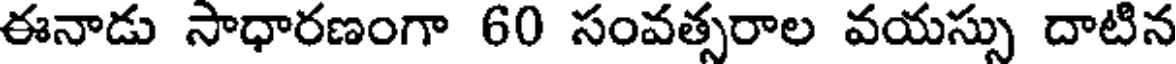
ఈనాడు సాధారణంగా 60 సంవత్సరాల వయస్సు దాటిన